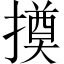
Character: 𢵫